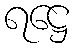
ရဋ္ဌေ